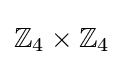
\mathbb {Z} _{4}\times \mathbb {Z} _{4}